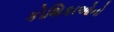
કોશિકાઓનો